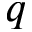
q